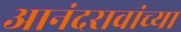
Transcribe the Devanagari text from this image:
आनंदरावांच्या